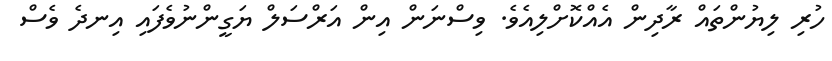
ހުރި ލިޔުންތައް ރާދިން އެއްކޮށްލިއެވެ. ވިސްނަން އިން އަރްސަލް ޔަގީންނުވެފައި އިނދެ ވެސް